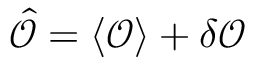
\hat { \mathcal { O } } = \langle \mathcal { O } \rangle + \delta \mathcal { O }